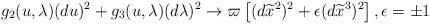
LaTeX: \begin{align*}g_{2}(u,\lambda )(du)^{2}+g_{3}(u,\lambda )(d\lambda )^{2}\rightarrow \varpi\left[ (d\widetilde{x}^{2})^{2}+\epsilon (d\widetilde{x}^{3})^{2}\right],\epsilon =\pm 1\end{align*}